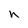
Character: h